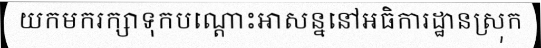
យកមករក្សាទុកបណ្តោះអាសន្ននៅអធិការដ្ឋានស្រុក